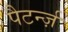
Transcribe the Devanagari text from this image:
पैटर्न्ज़